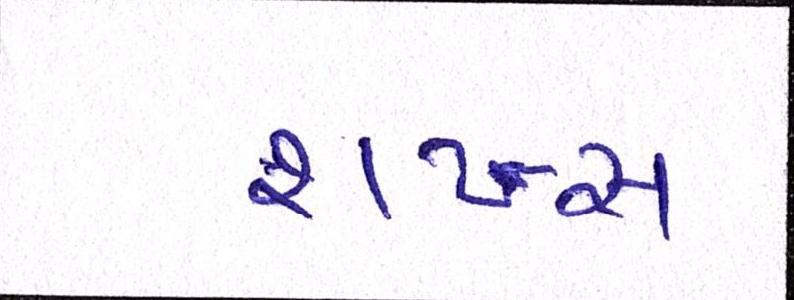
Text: શખ્સ